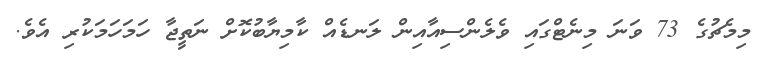
މިމެޗުގެ 73 ވަނަ މިނެޓްގައި ވެލެންސިއާއިން ލަނޑެއް ކާމިޔާބުކޮށް ނަތީޖާ ހަމަަހަމަކުރި އެވެ.